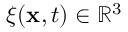
\boldsymbol { \xi } ( \mathbf { x } , t ) \in \mathbb { R } ^ { 3 }